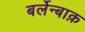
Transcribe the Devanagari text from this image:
बर्लेन्बाक़